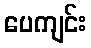
ပေကျင်း